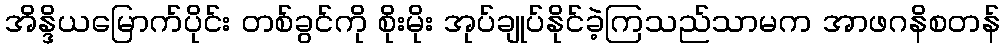
အိန္ဒိယမြောက်ပိုင်း တစ်ခွင်ကို စိုးမိုး အုပ်ချုပ်နိုင်ခဲ့ကြသည်သာမက အာဖဂနိစတန်